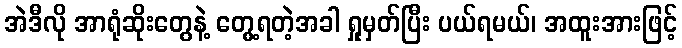
အဲဒီလို အာရုံဆိုးတွေနဲ့ တွေ့ရတဲ့အခါ ရှုမှတ်ပြီး ပယ်ရမယ်၊ အထူးအားဖြင့်